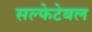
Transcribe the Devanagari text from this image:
सल्फेटेबल